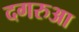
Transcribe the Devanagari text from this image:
दगरुआ